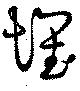
懷